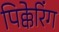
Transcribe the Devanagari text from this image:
पिक्केरिंग